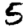
Digit: 5